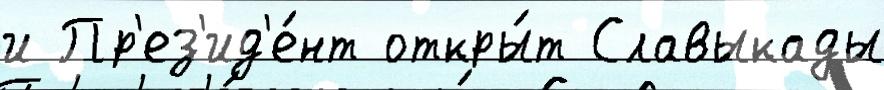
и Пр'ез'ид'е́нт откры́т Славыкады